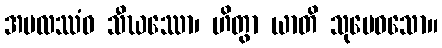
အဗလဿံဝ သီဃဿော၊ ဟိတွာ ယာတိ သုမေဓသော။